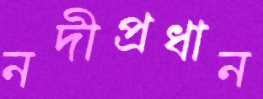
নদীপ্রধান